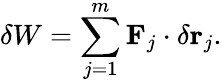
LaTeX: \delta W=\sum_{j=1}^{m}\mathbf{F}_{j}\cdot\delta\mathbf{r}_{j}.